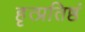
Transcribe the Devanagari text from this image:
हृत्प्रतिष्ठं